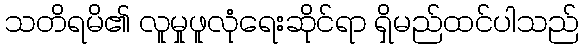
သတိရမိ၏ လူမှုဖူလုံရေးဆိုင်ရာ ရှိမည်ထင်ပါသည်